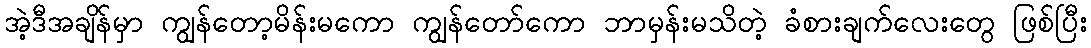
အဲ့ဒီအချိန်မှာ ကျွန်တော့မိန်းမကော ကျွန်တော်ကော ဘာမှန်းမသိတဲ့ ခံစားချက်လေးတွေ ဖြစ်ပြီး